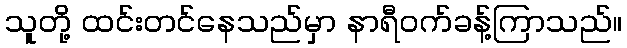
သူတို့ ထင်းတင်နေသည်မှာ နာရီဝက်ခန့်ကြာသည်။